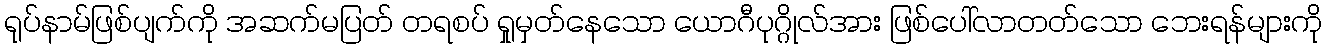
ရုပ်နာမ်ဖြစ်ပျက်ကို အဆက်မပြတ် တရစပ် ရှုမှတ်နေသော ယောဂီပုဂ္ဂိုလ်အား ဖြစ်ပေါ်လာတတ်သော ဘေးရန်များကို